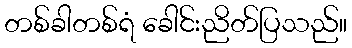
တစ်ခါတစ်ရံ ခေါင်းညိတ်ပြသည်။